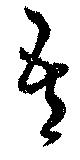
吾